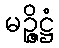
မဉ္ဇိဋ္ဌံ